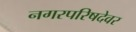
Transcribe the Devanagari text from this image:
नगरपरिषदेवर